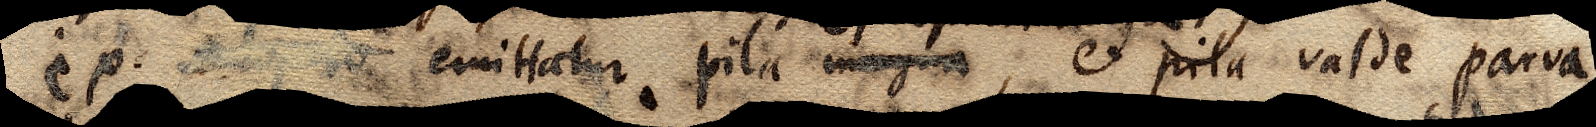
Si ex xx xx emittatur pila magna et pila valde parva,